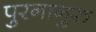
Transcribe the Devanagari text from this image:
पुरनानुरु